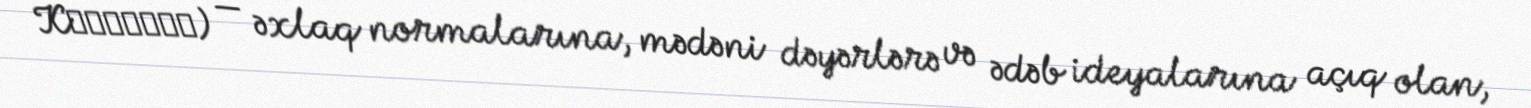
Kυνισμός) — əxlaq normalarına, mədəni dəyərlərə və ədəb ideyalarına açıq olan,